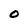
Character: 0